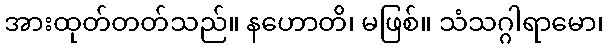
အားထုတ်တတ်သည်။ နဟောတိ၊ မဖြစ်။ သံသဂ္ဂါရာမော၊